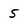
Character: 5